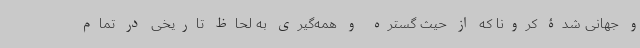
و جهانی شدۀ کرونا که از حیث گستره و همه‌گیری به لحاظ تاریخی در تمام